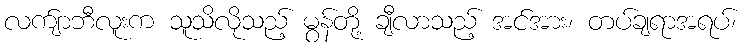
လက်ျာဘီလူးက သူသိလိုသည့် မွန်တို့ ချီလာသည့် အင်အား၊ တပ်ချရာအရပ်၊